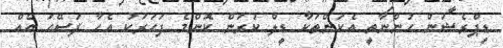
ޑިޕްރެޝަން ހުންނާތީ އެކަންތަކާ ޑީލް ކުރަން ކޮންމެ ފަހަރަކު އެހާ ފަސޭހަ އެއް